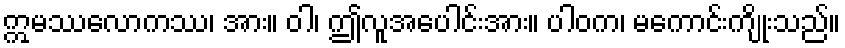
ဣမဿလောကဿ၊ အား။ ဝါ၊ ဤလူအပေါင်းအား။ ပါဝက၊ မကောင်းကျိုးသည်။